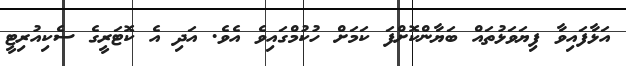
އަޅާފައިވާ ފިޔަވަޅުތައް ބަޔާންކޮށްފަ ކަމަށް ހުކުމްގައިވެ އެވެ. އަދި އެ ކޮޓަރީގެ ސެކިއުރިޓީ